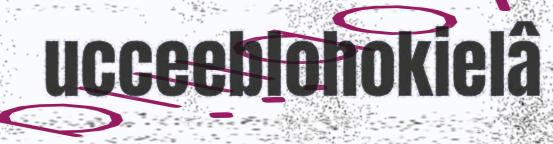
ucceeblohokielâ